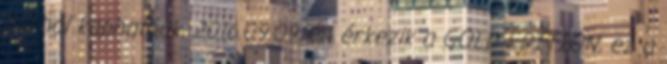
bárhol kaphatóak. 2016.09.09.-én érkezik a GOLD EDITION, ez a